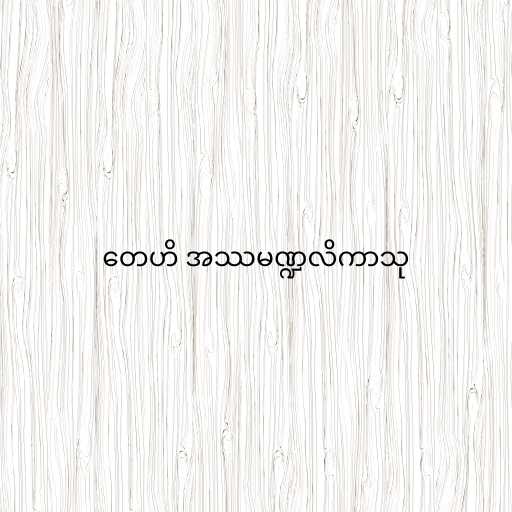
တေဟိ အဿမဏ္ဍလိကာသု